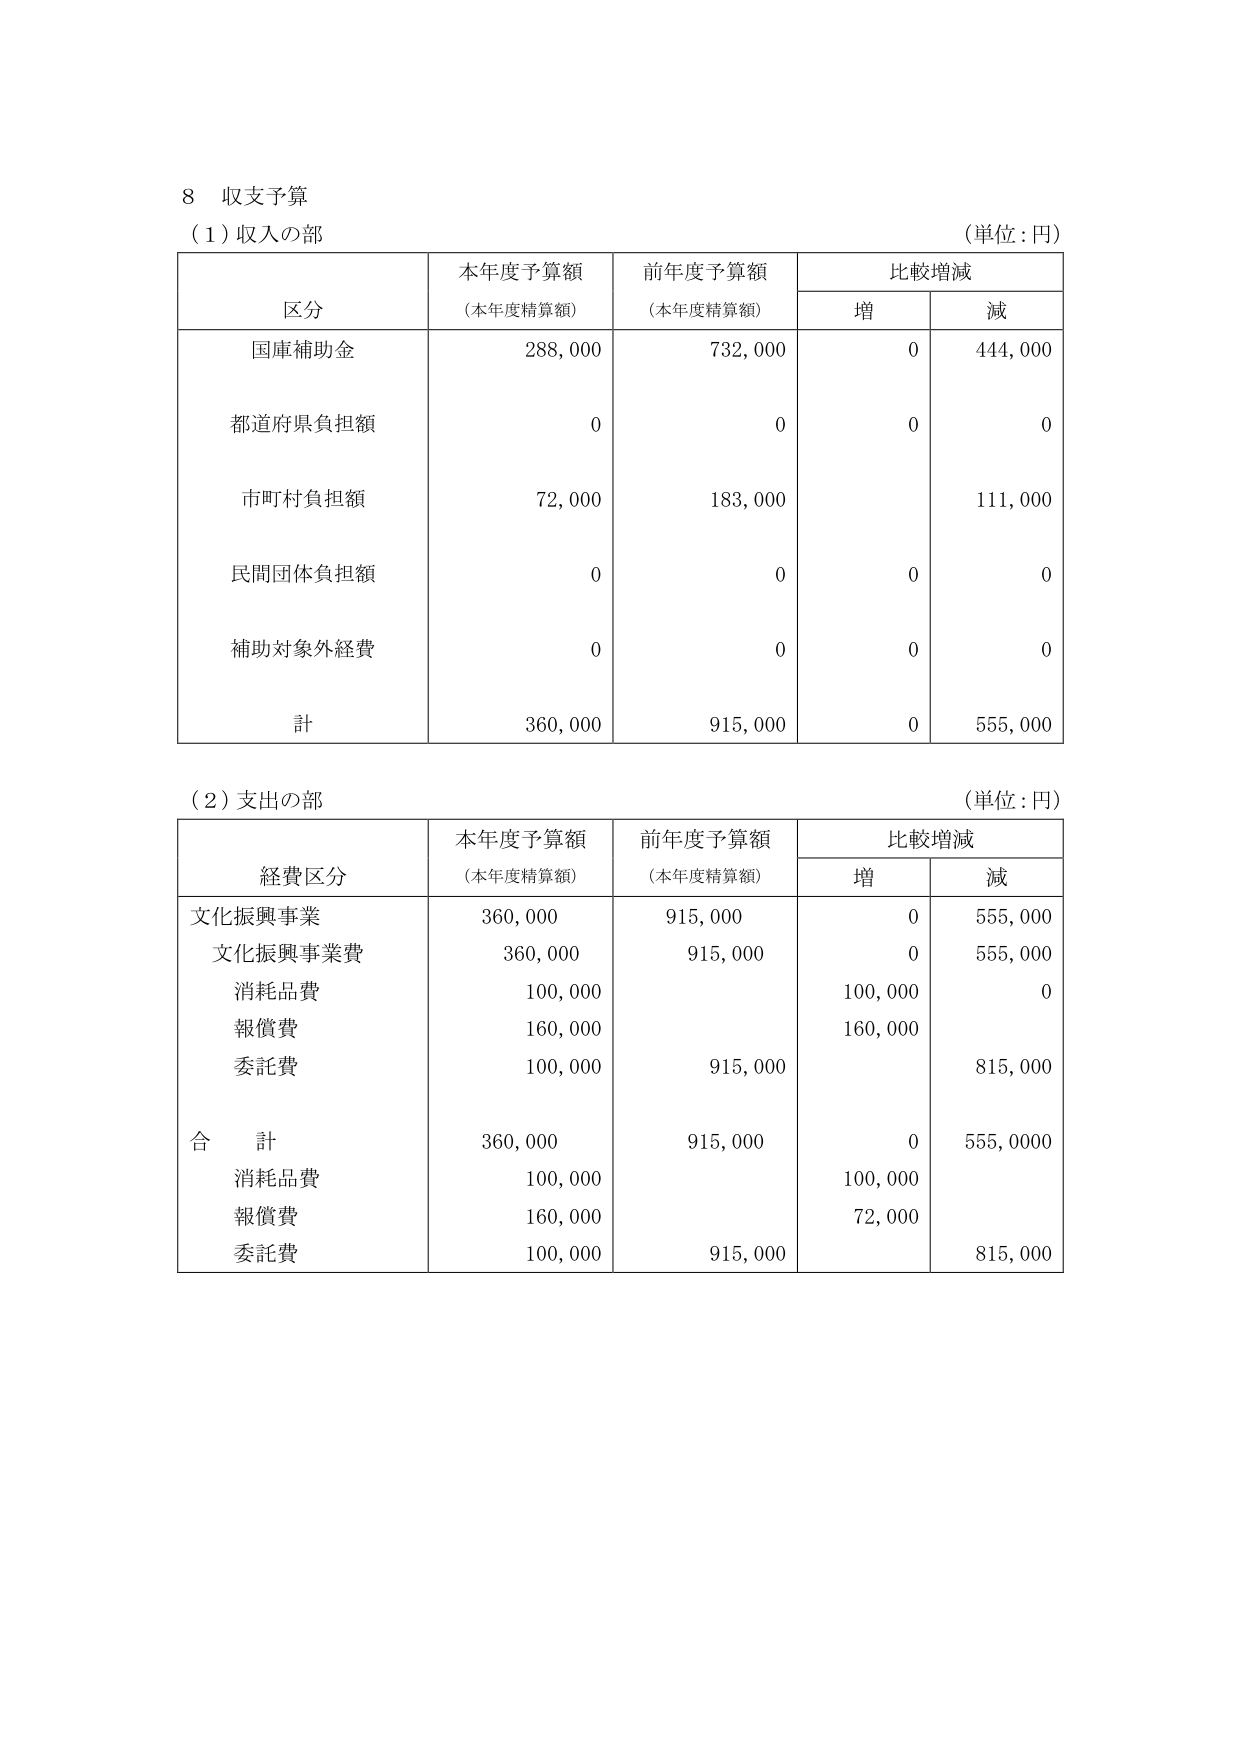
8 収支予算
（1）収入の部
（単位：円）

区 分 本年度予算額 （本年度精算額） 前年度予算額 （本年度精算額） 比較増減